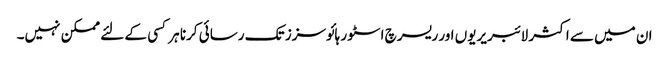
ان میں سے اکثر لائبریریوں اور ریسرچ اسٹور ہائوسزز تک رسائی کرنا ہر کسی کے لئے ممکن نہیں۔